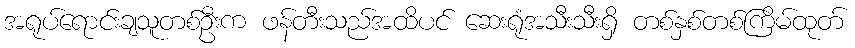
အရုပ်ရောင်းချသူတစ်ဦးက ဖန်တီးသည်အထိပင် ဆေးရုံအသီးသီးရှိ တစ်နှစ်တစ်ကြိမ်ထုတ်